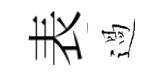
表過